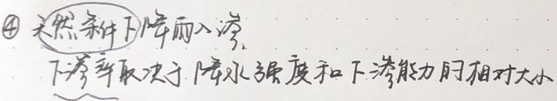
\textcircled{4} 天然条件下降雨入渗，下渗率取决于降水强度和下渗能力的相对大小。